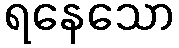
ရနေသော